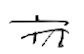
Text: in
Cross-out: double-line
Writing tool: digital_black